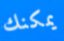
يمكنك